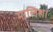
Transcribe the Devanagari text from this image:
मालिश।